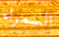
السمراء